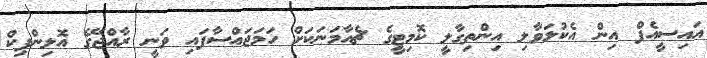
އައިސީއެފް އިން އެކުލަވާލި އިންތިގާލީ ކޮމިޓީގެ ޗެއާމަނަކަށް ހަމަޖައްސާފައި ވަނީ ރާއްޖޭގެ އޮލިންޕިކް